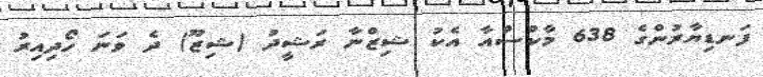
ފަނޑިޔާރުންގެ 638 މާކްސްއާ އެކު ޝިޒްނާ ރަޝީދު (ޝިޒޫ) ދެ ވަނަ ހޯދިއިރު